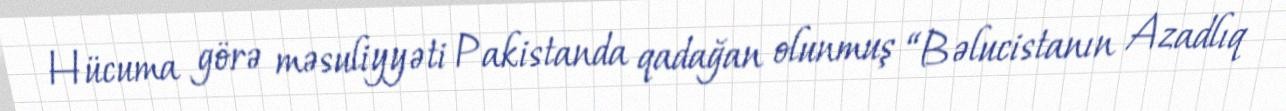
Hücuma görə məsuliyyəti Pakistanda qadağan olunmuş “Bəlucistanın Azadlıq